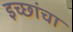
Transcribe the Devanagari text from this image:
इच्छांचा